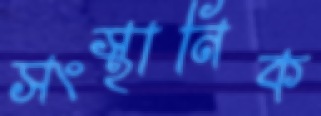
সংস্থানিক